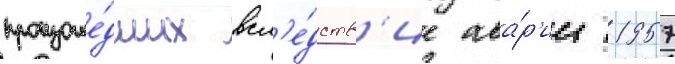
произоше́дших всл'е́дств'ие ава́р'ии 1957